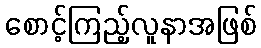
စောင့်ကြည့်လူနာအဖြစ်